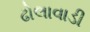
ઢોલાવાડી